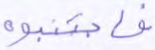
فاجتنبوه